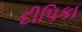
દીપિકા